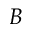
B